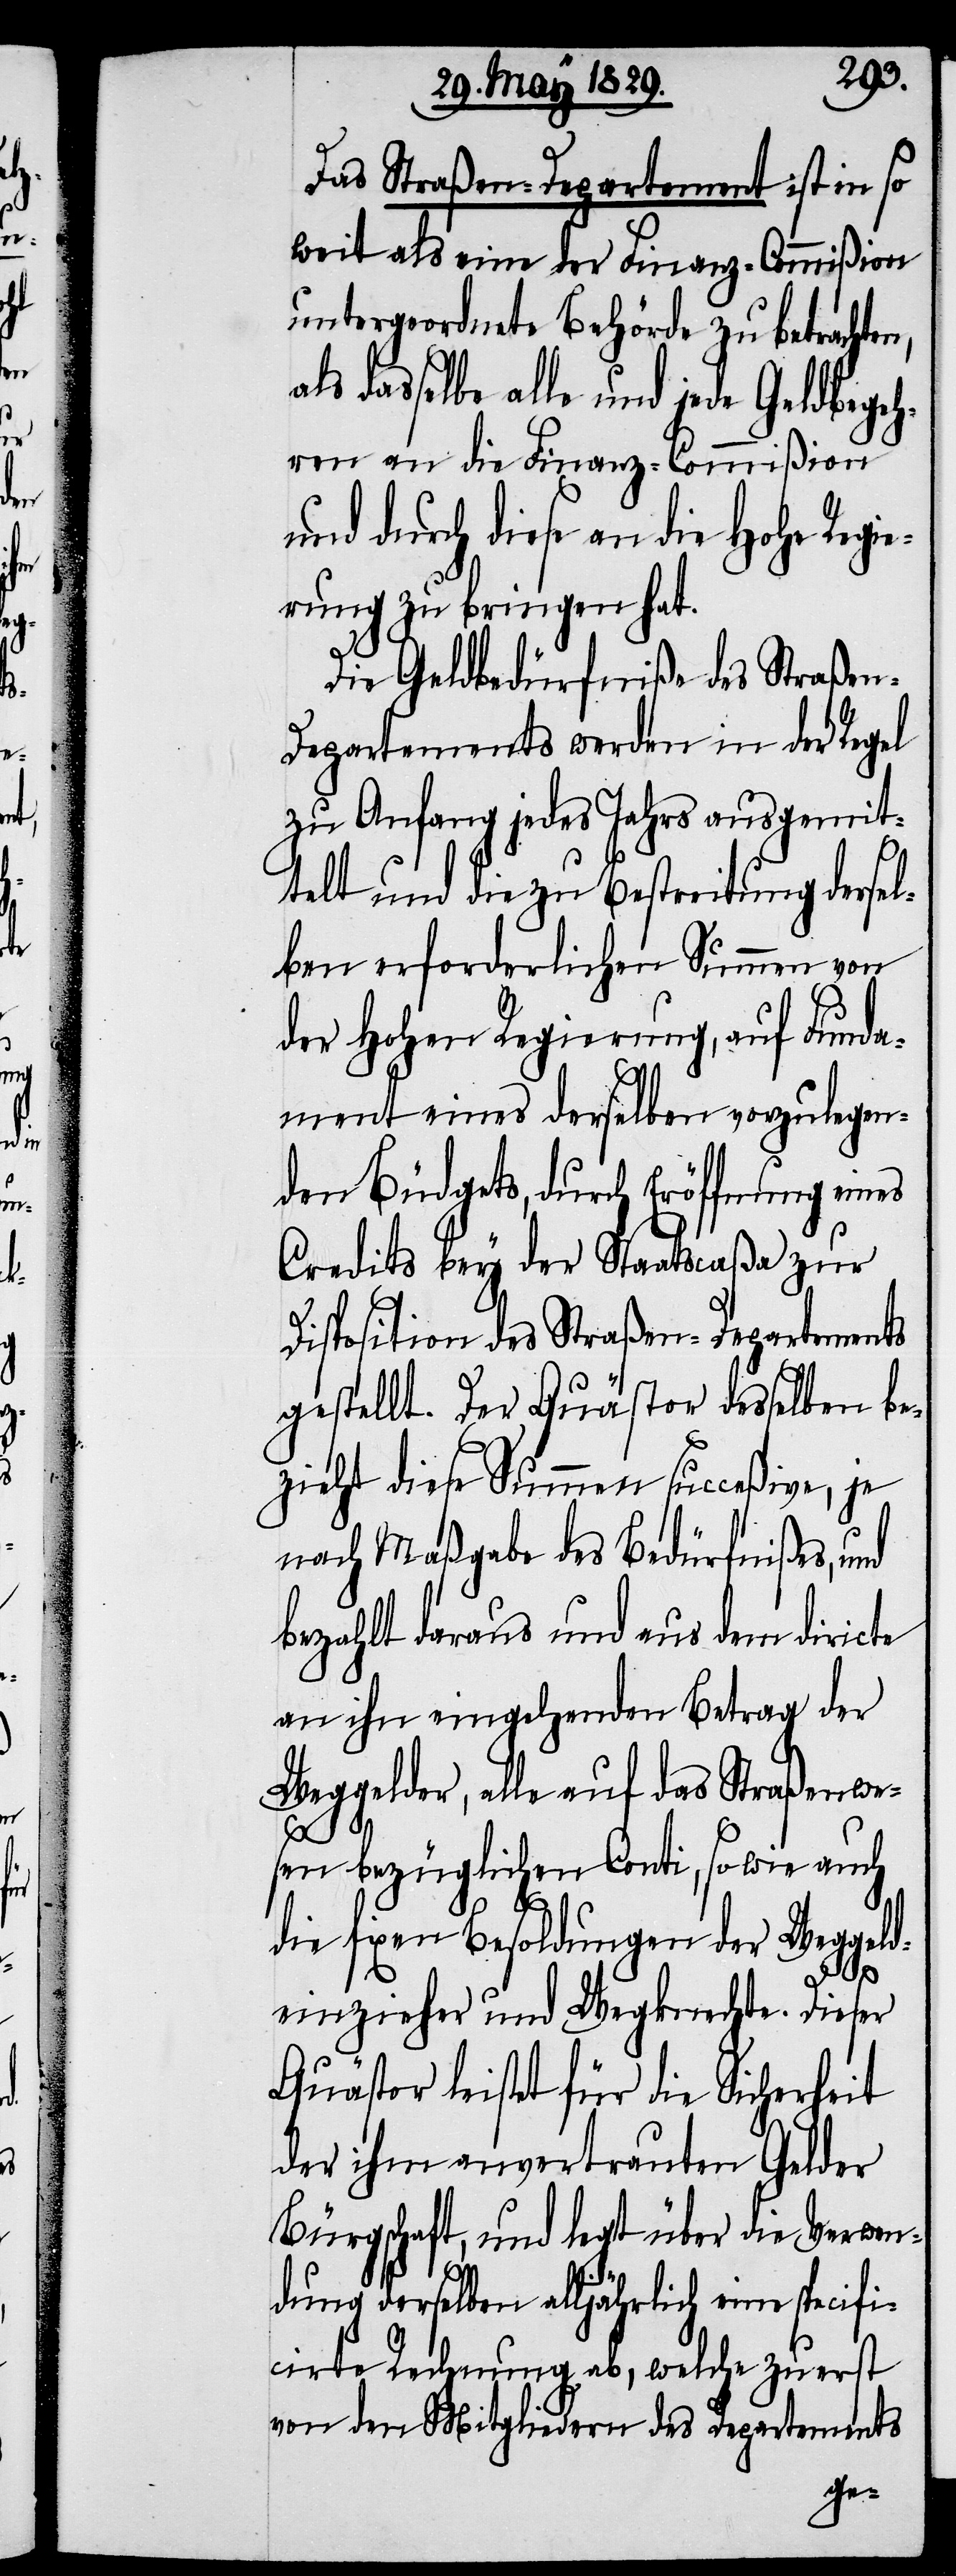
Das Straßen-Departement ist in so
weit als eine der Finanz-Commißion
untergeordnete Behörde zu betrachten,
dasselbe alle und jede Geldbegeh¬
ren an die Finanz-Commißion
und durch diese an die Hohe Regie¬
rung zu bringen hat.
Die Geldbedürfniße des Straße¬
n-Departements werden in der Regel
zu Anfang jedes Jahrs ausgemit¬
telt und die zu Bestreitung dersel¬
ben erforderlichen Summen von
der Hohen Regierung, auf Funda¬
ment eines derselben vorzulegen¬
den Büdgets, durch Eröffnung eines
Credits bey der Staatscaßa zur
Disposition des Straßen-Departements
gestellt. Der Quästor desselben be¬
zieht diese Summen succeßive, je
nach Maßgabe des Bedürfnißes, und
bezahlt daraus und aus dem diricte
an ihn eingehenden Betrag der
Weggelder, alle auf das Straßenwe¬
sen bezüglichen Conti, sowie auch
die fixen Besoldungen der Weggeld¬
einzieher und Wegknechte. Dieser
Quästor leistet für die Sicherheit
der ihm anvertrauten Gelder
Bürgschaft, und legt über die Verwen¬
dung derselben alljährlich eine specif¬
icirte Rechnung ab, welche zuerst
von dem Mitgliedern des Departements